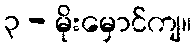
၃ - မိုးမှောင်ကျ။